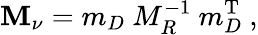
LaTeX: \mathbf M_{\nu}=m_{D}\ M_{R}^{\mathrm{-1}}\ m_{D}^{\mathrm{T}}\ ,